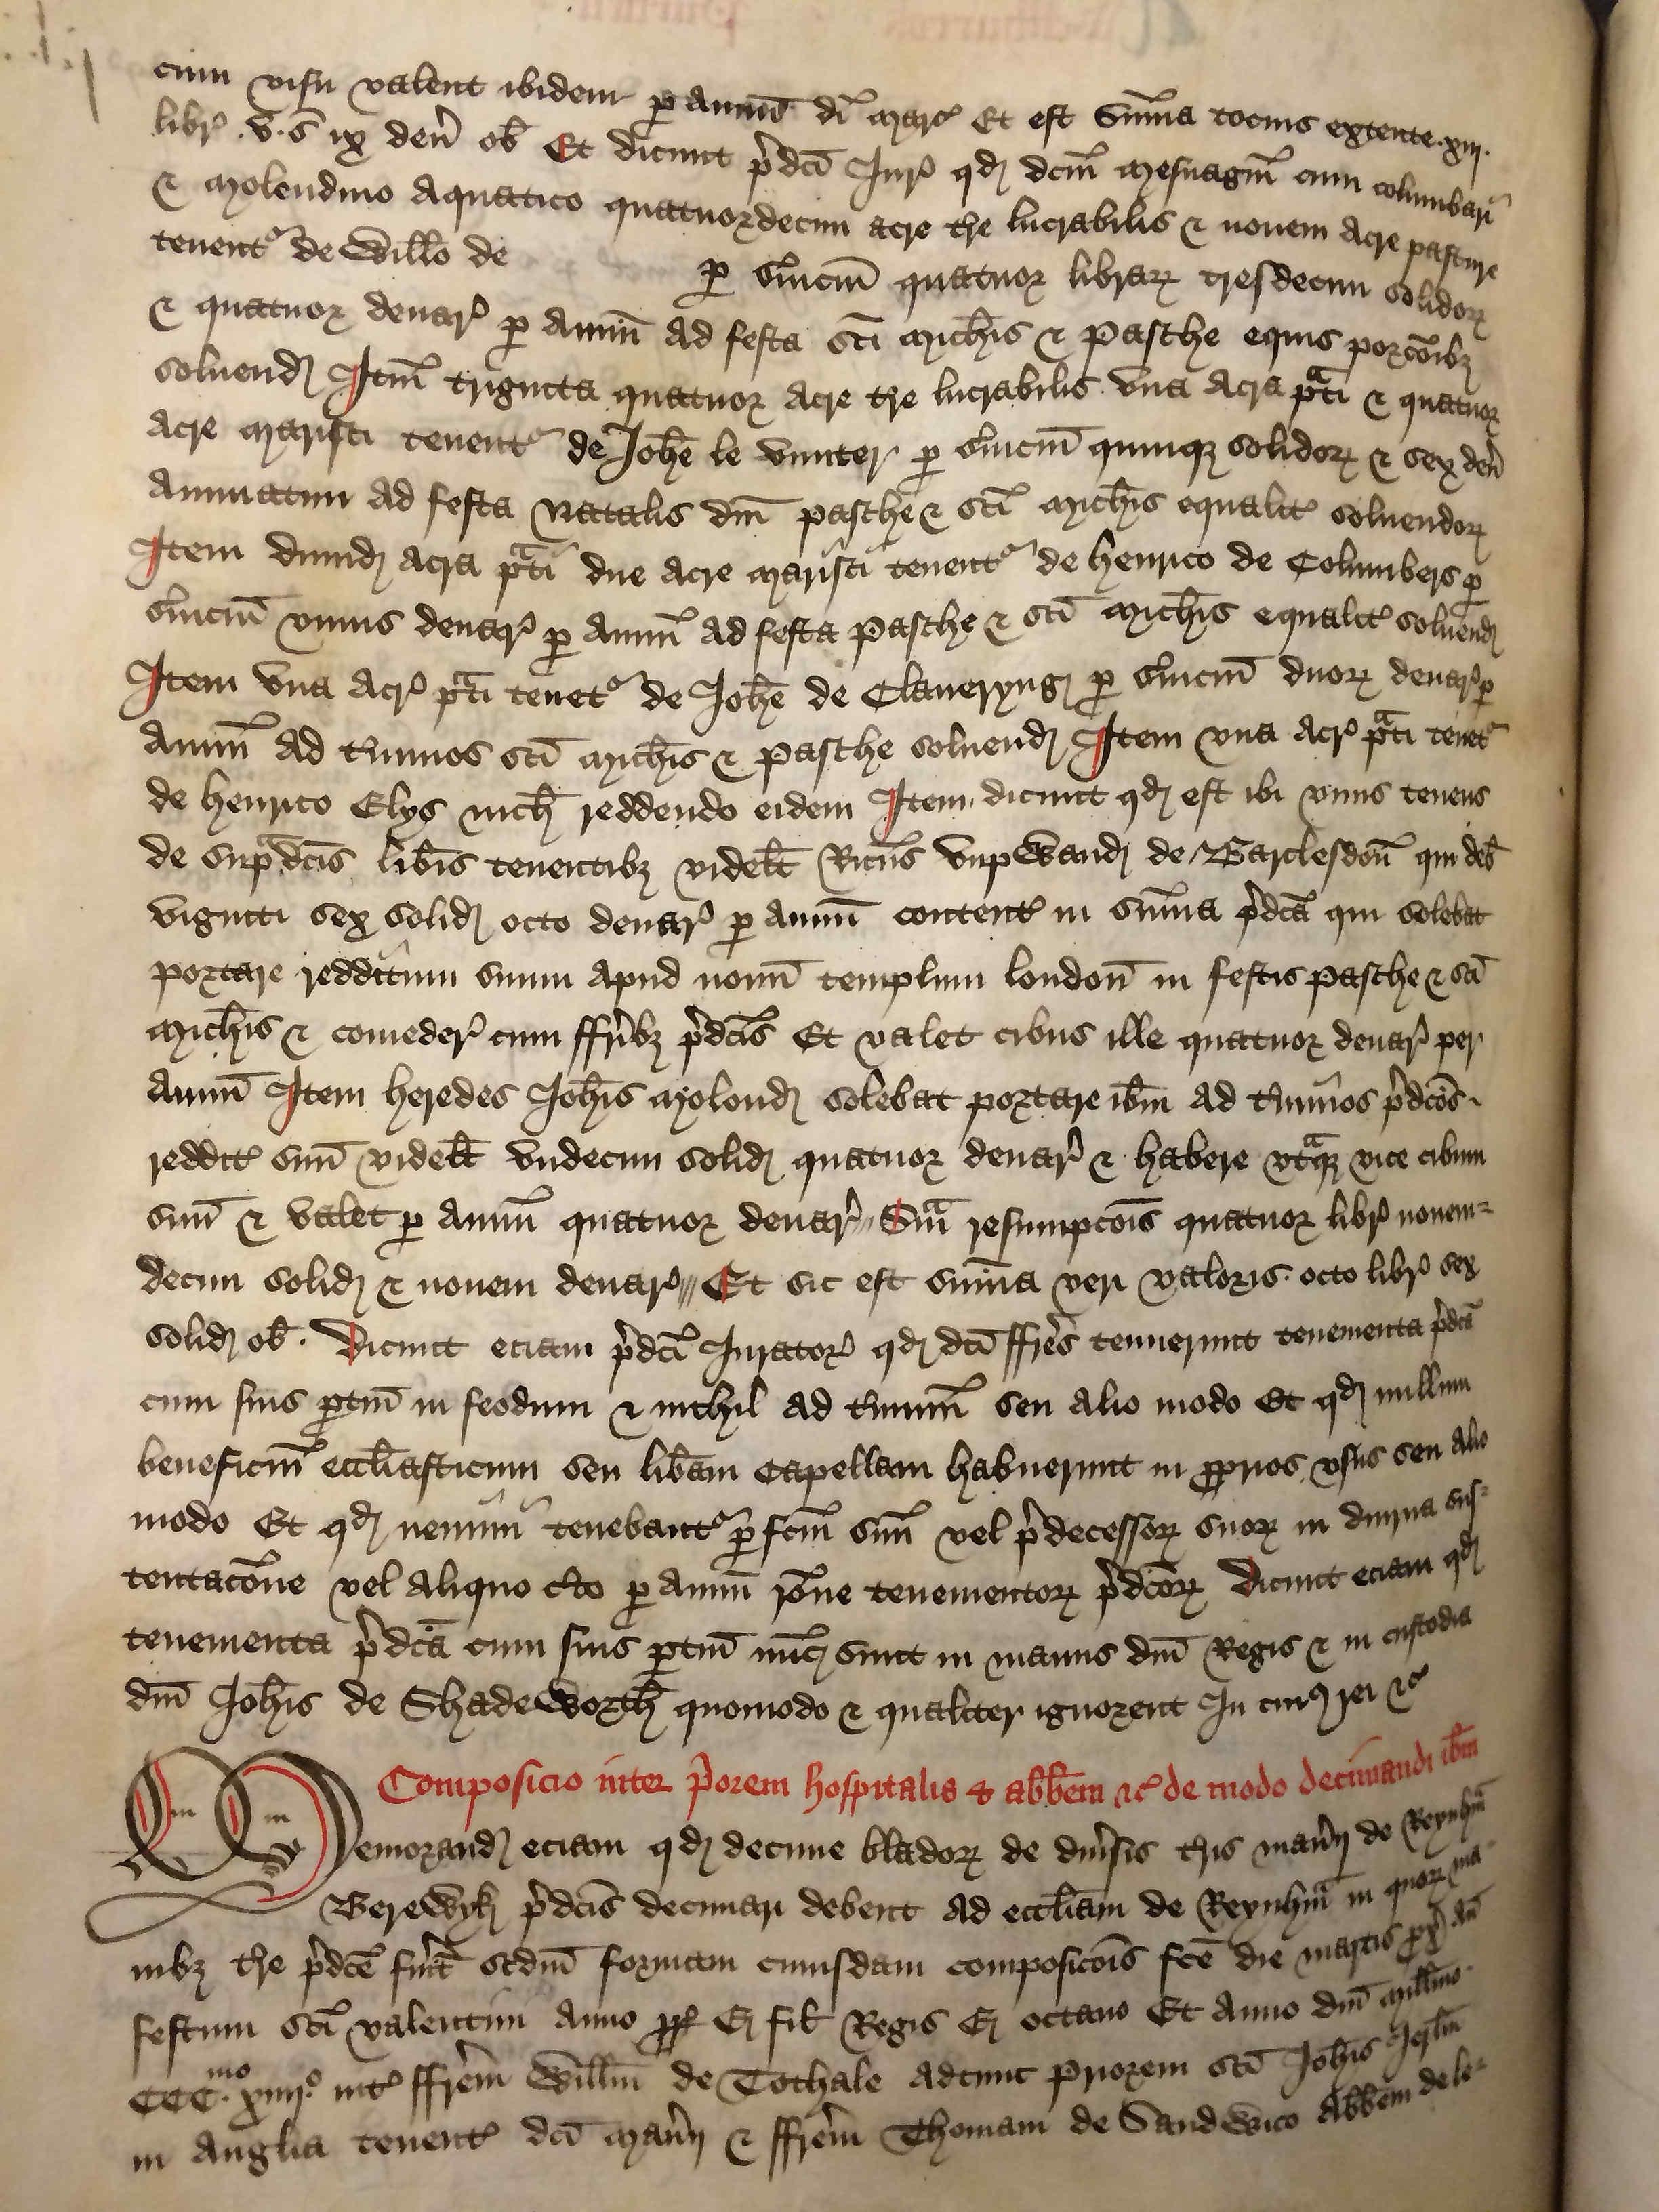
Shelfmark: London, British Library, Nero E VI
Century: 15